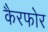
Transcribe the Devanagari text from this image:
कैरफोर